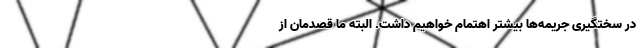
در سختگیری جریمه‌ها بیشتر اهتمام خواهیم داشت. البته ما قصدمان از